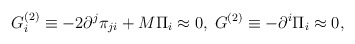
\begin{align*}G_i^{(2)}\equiv -2\partial ^j\pi _{ji}+M\Pi _i\approx0,\;G^{(2)}\equiv -\partial ^i\Pi _i\approx 0,\end{align*}